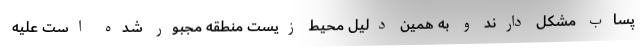
پساب مشکل دارند و به همین دلیل محیط زیست منطقه مجبور شده است علیه